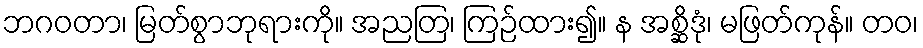
ဘဂဝတာ၊ မြတ်စွာဘုရားကို။ အညတြ၊ ကြဉ်ထား၍။ န အစ္ဆိဒုံ၊ မဖြတ်ကုန်။ တဝ၊